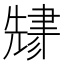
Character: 𬚬